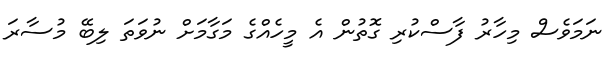
ނަމަވެސް މިހާރު ފާސްކުރި ގޮތުން އެ މީހެއްގެ މަގާމަށް ނުވަތަ ލިބޭ މުސާރަ